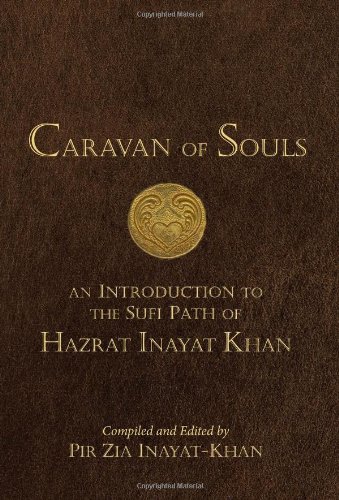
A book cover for Caravan of Souls; Pir Zia Inayat-Khan; Religion & Spirituality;